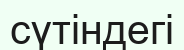
сүтіндегі